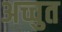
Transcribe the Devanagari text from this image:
अच्चुत